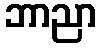
ဘာညာ